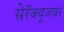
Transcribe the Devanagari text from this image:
सेरॅक्यूजवर